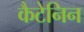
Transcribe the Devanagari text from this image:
कैटेनिन